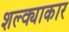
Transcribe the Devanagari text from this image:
शल्क्याकार